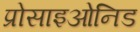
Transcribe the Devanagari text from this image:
प्रोसाइओनिड